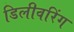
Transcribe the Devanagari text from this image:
डिलीवरिंग